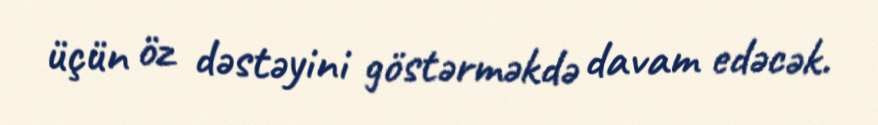
üçün öz dəstəyini göstərməkdə davam edəcək.